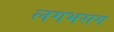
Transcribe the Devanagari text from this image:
लगभसग